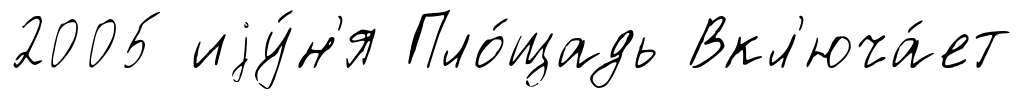
2005 иjу́н'я Пло́щадь Вкл'юча́ет